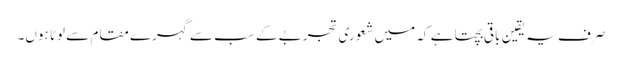
صرف یہ یقین باقی بچتا ہے کہ میں شعوری تجربے کے سب سے گہرے مقام سے لوٹا ہوں۔